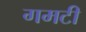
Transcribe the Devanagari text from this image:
गमटी